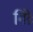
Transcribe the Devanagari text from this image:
गिव्रे